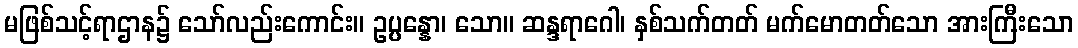
မဖြစ်သင့်ရာဌာန၌ သော်လည်းကောင်း။ ဥပ္ပန္နော၊ သော။ ဆန္ဒရာဂေါ၊ နှစ်သက်တတ် မက်မောတတ်သော အားကြီးသော